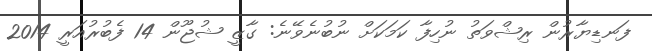
ފަނޑިޔާރުން ރިޝްވަތު ނުހިފާ ކަމަކަށް ނުބުނެވޭނެ: ގާޒީ ޝުޖޫން 14 ފެބުރުއަރީ 2014